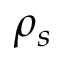
\rho _ { s }